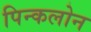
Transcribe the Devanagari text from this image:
पिन्कलोन